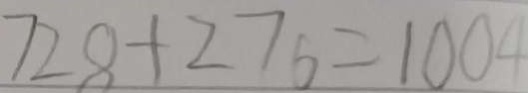
7 2 8 + 2 7 6 = 1 0 0 4